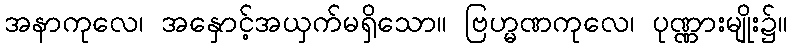
အနာကုလေ၊ အနှောင့်အယှက်မရှိသော။ ဗြဟ္မဏကုလေ၊ ပုဏ္ဏားမျိုး၌။